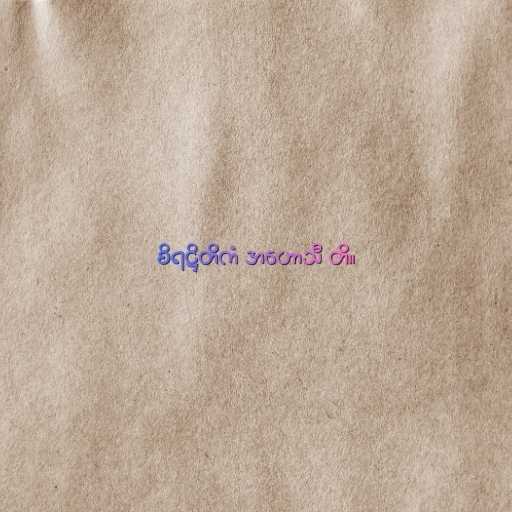
စိရဋ္ဌိတိကံ အဟောသီ တိ။